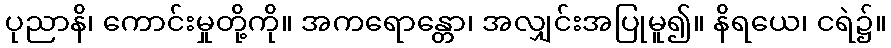
ပုညာနိ၊ ကောင်းမှုတို့ကို။ အကရောန္တော၊ အလျှင်းအပြုမူ၍။ နိရယေ၊ ငရဲ၌။